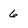
Character: 6